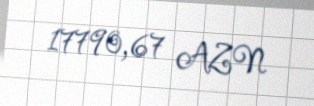
17790,67 AZN